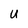
Character: u